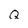
Character: Q